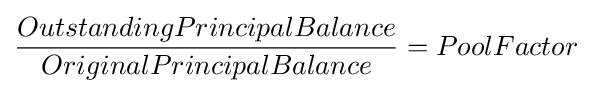
{OutstandingPrincipalBalance \over OriginalPrincipalBalance}={PoolFactor}